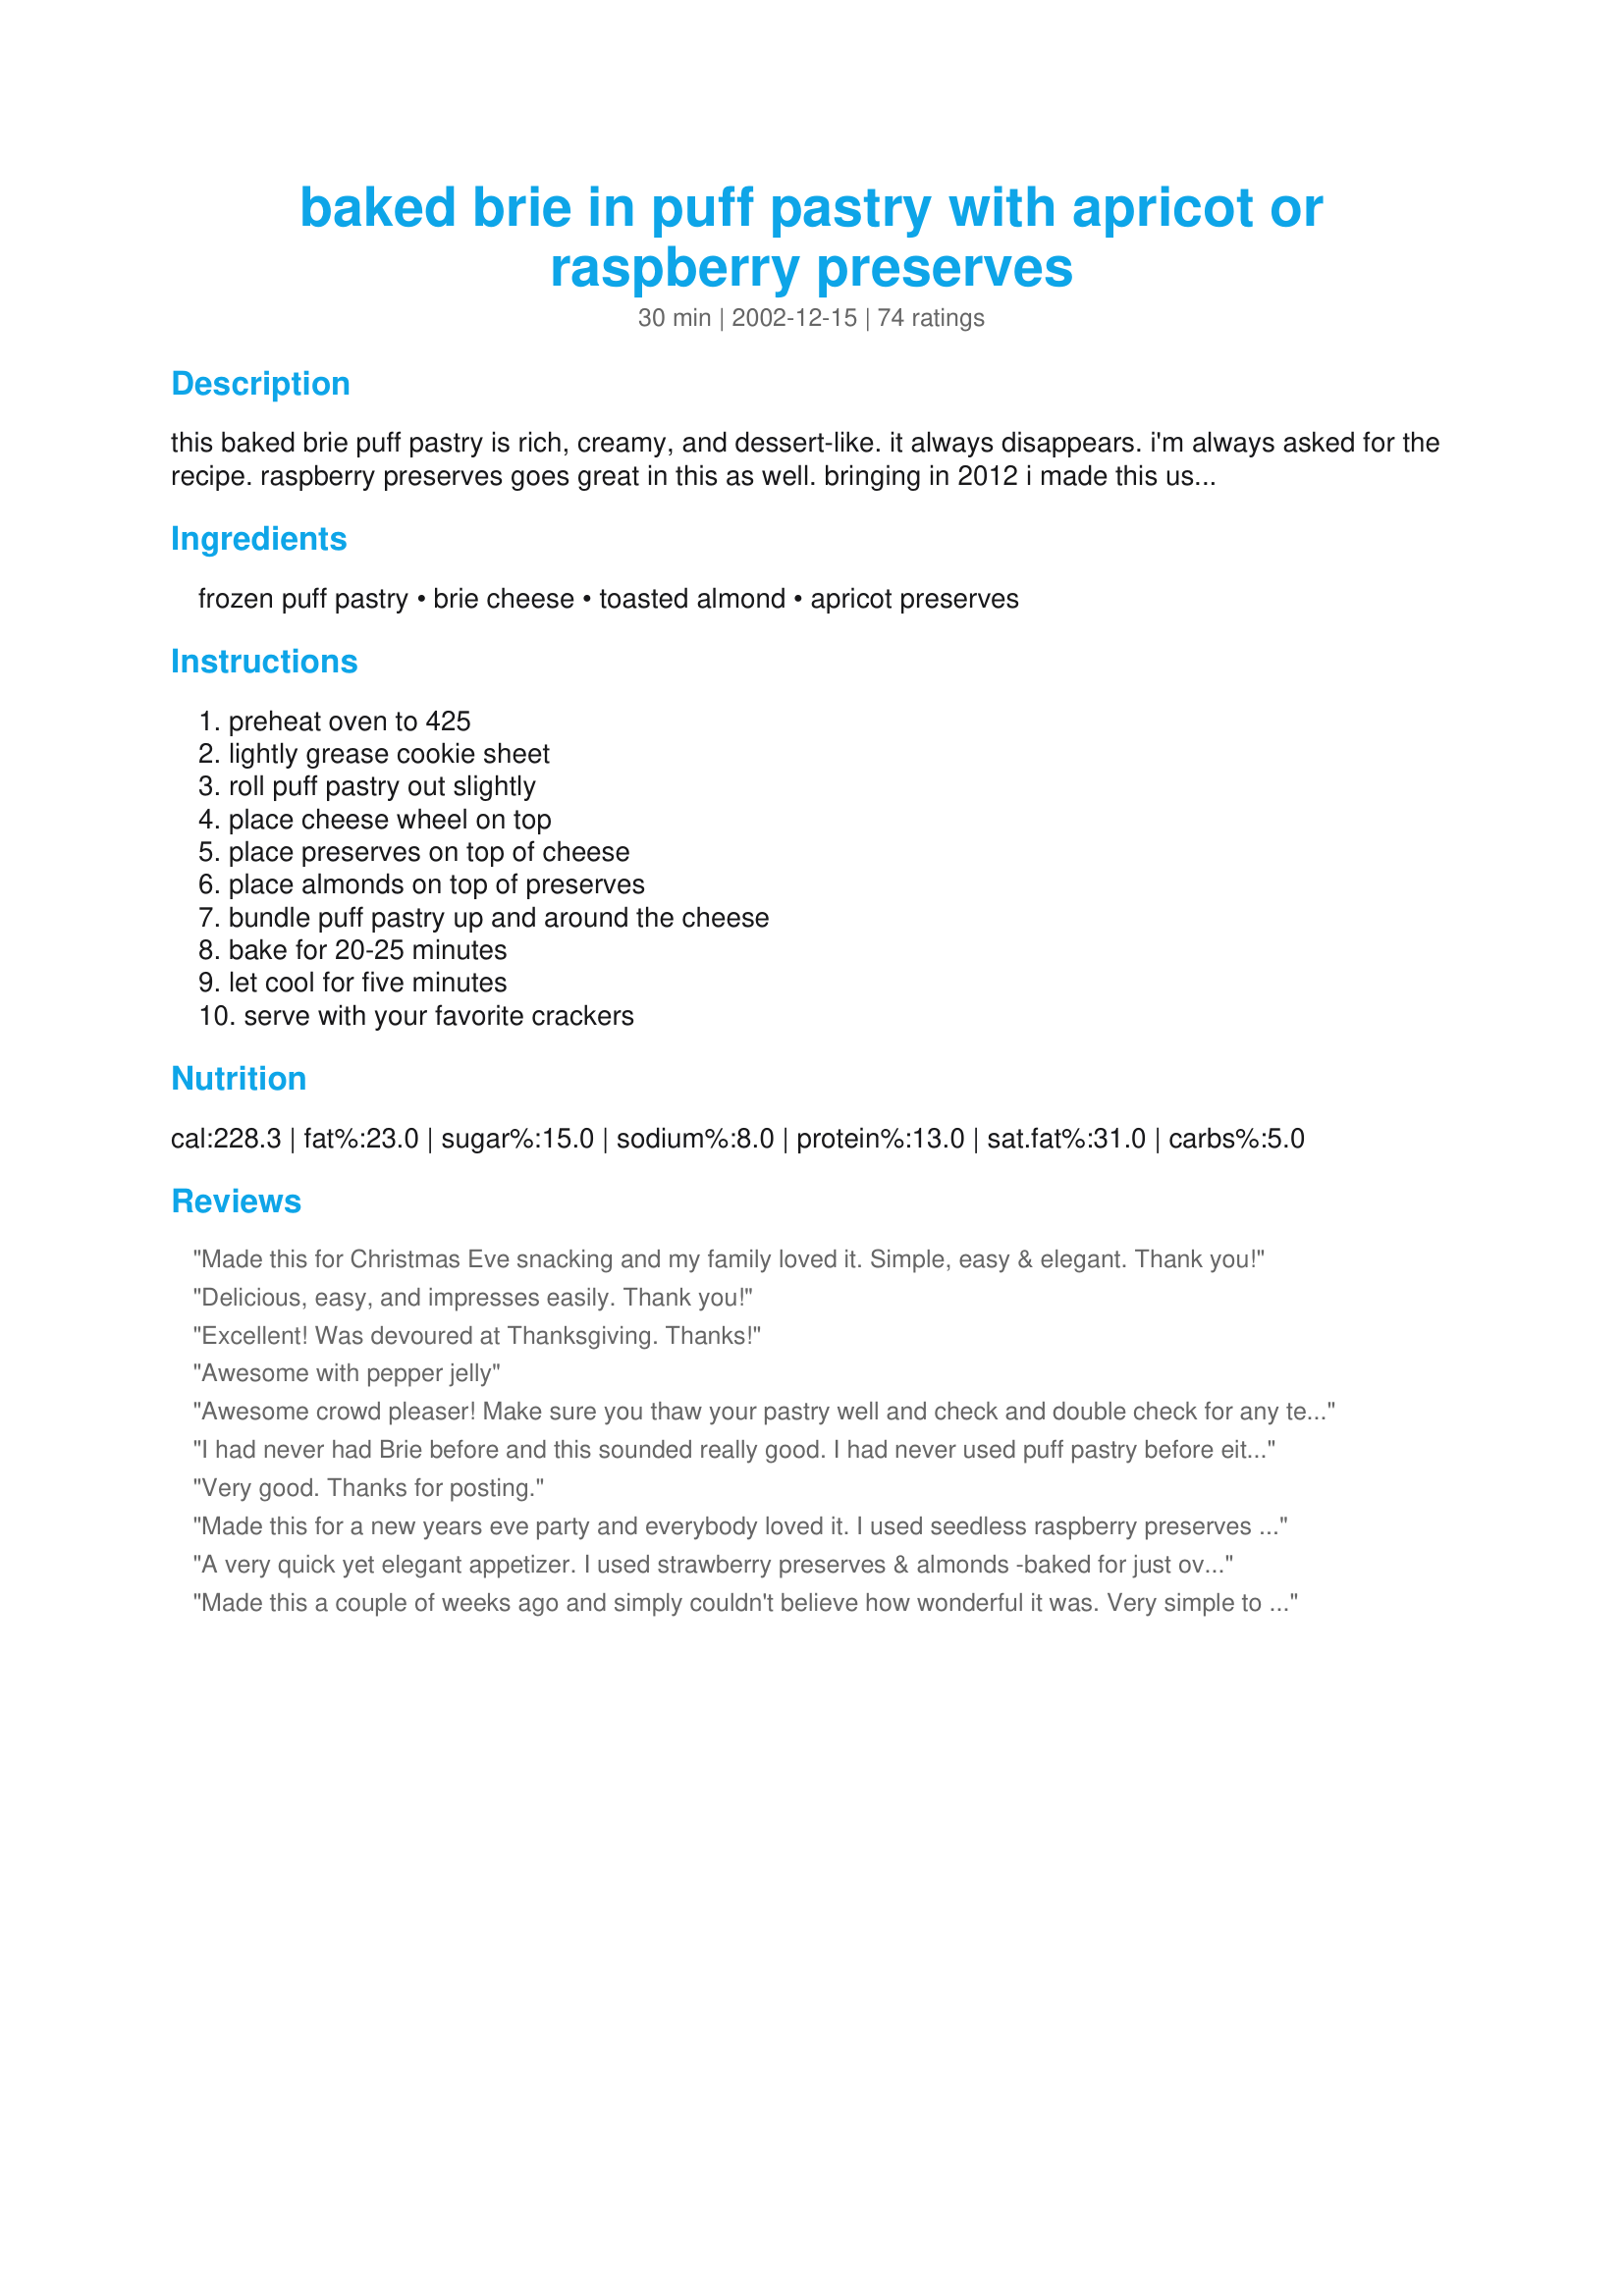
baked brie in puff pastry with apricot or raspberry preserves
Preparation time: 30 minutes

this baked brie puff pastry is rich, creamy, and dessert-like. it always disappears. i'm always asked for the recipe. raspberry preserves goes great in this as well. bringing in 2012 i made this using recipe #463563!

Ingredients:
frozen puff pastry, brie cheese, toasted almond, apricot preserves

Steps:
preheat oven to 425, lightly grease cookie sheet, roll puff pastry out slightly, place cheese wheel on top, place preserves on top of cheese, place almonds on top of preserves, bundle puff pastry up and around the cheese, bake for 20-25 minutes, let cool for five minutes, serve with your favorite crackers

Reviews:
Made this for Christmas Eve snacking and my family loved it. Simple, easy & elegant. Thank you!
Delicious, easy, and impresses easily. Thank you!
Excellent! Was devoured at Thanksgiving. Thanks!
Awesome with pepper jelly
Awesome crowd pleaser! Make sure you thaw your pastry well and check and double check for any tears or holes in the pastry before baking. Served with water crackers and green apple slices. I put it on a hot plate to keep warm.
I had never had Brie before and this sounded really good. I had never used puff pastry before either and this was SOOOO easy. I used seedless raspberry preserves and walnuts and couldn't believe how elegant it turned out. I brushed it with a mixture of 1 egg yolk and 3 T heavy cream whisked together and it got a glossy golden crust. Fast easy and impressive. Thank you!
Very good. Thanks for posting.
Made this for a new years eve party and everybody loved it. I used seedless raspberry preserves and it was delicious!!!
A very quick yet elegant appetizer. I used strawberry preserves & almonds -baked for just over 20 minutes. Next time I will try 25 minutes as we would have liket the cheese a little more gooey. Also I might stab the top of the cheese wheel a couple of times to give the flavours a chance to mix. Thanks for sharing
Made this a couple of weeks ago and simply couldn't believe how wonderful it was. Very simple to make and all the people you make if for will LOVE IT!!!!
OK, so I made this yesterday to take with me to a football party last night. I didn't think sweet was the way to go so I made a tomato chutney I suppose you could call it, I just cooked onions (sliced very thin) until tender in some olive oil, then added some grape tomatoes cut in 1/2 along with some salt, a dash of herbs de provence and a bit of balsamic vinegar. Did everything else as stated in recipe and followed the advice of others and used an egg wash on it. I have to say, it looked beautiful, and the taste was oh so good. BUT, the bottom kind of exploded. Now, I don't know if my friends oven is hotter then most or what but it had only been in the oven for 11 minutes when this happened, all of the cheese was oozing out of the bottom. So my advice is keep your eye on it! We took it out of the oven and served it up, everything tasted great and the cheese was certainly melted! :-) Thanks so much for the recipe!!! Will be making again!
EVERYONE was impressed with this delicious appetizer! It looked great too. I washed it with egg yolk and cream, but it may not be necessary.
Delicious! We made the apricot preserves ourselves by boiling down diced apricot pieces and a little sugar then giving it a quick blend. This was fantastic, thank you.
I knew this was going to be wonderful - Brie and berries in a pastry, where could you go wrong? This was so easy to throw together too! I used (Seedless) Raspberry Preserves as suggested in the description.... Everyone loved this recipe and asked if I would make it again next week! Thanks Rita!
very nice and presents well but nothing over the top for me. Tried it as written with apricot jam and that was okay. Did it again with strawberry jam and on top of that a few pieces of 70% cocoa chocolate. That was really nice too. Next time I think i'll make a basic mushroom and thyme pate and try it with that. Thanks for posting
I'm surprised that this recipe is so popular! Each of the ingredients is delicious individually but the ingredients just don't work well together.

This was beautiful when it came out of the oven and I was very optimistic when I put it out for my New Years Eve guests.

Unfortunately, this dish was VERY GREASY, almost oily and slimy. It didn't hold its shape and just lay on the plate like a great oily blob.

If Zero Stars had been available, I would have chosen that option.
Delicious! I made it with raspberry preserves and it turned out just wonderful. Thanks for the great recipe!
I made this the day after Christmas for a friend's 40th birthday party, and it was a true hit! We used apricot preserves. Everyone loved it, and I received several requests for the recipe. I doubled the recipe by using both sheets of puff pastry -- one on top, and one on the bottom. I sealed the edges and trimmed the excess dough, which I used to write "40!" on the top. It looked rather impressive, and tasted delicious!
I have made this several times, and it is always a hit in my house and with company. I usually use Raspberry preserves, but Orange Marmelade is good too! Sometimes I make it with just the cheese inside and then add the preserves, heated with the almonds or pecans, over the top. It's wonderful either way!
Very good with a small change. I put an egg wash on the outside of the pastry. Came out golden and crispy. Cheese was slightly melted but not completely runny, which was exactly what I wanted. My guests devoured this! Will definitely make again.
HUGE HIT! Made twice already, with apricot preserve and dry cranberries, is so easy to make and delicious, also used the egg wash, came out crispy and golden.
Served this delicious appetizer at our New Year's eve party!! Big hit! I Used pepperidge farm pastry and instead of apricot I used rasberry perserve.YUMMY!
Thanks for sharing. Will use this over and over!!
Was a great hit!! Delicious & very easy. I added caramelized onions on top of the brie & used both jams (appricot and raspberry) following a favourite restaurant's recipe. <br/>Next time, after the pastry is golden, I will leave it in the oven for another 10 min to allow the brie to melt throughout. This time the center was getting there, but not quite.<br/>A keeper!
I used pine nuts instead, but everything else was the same and it turned out GREAT. It looked delicious and it tasted the same. My guests were impressed by how easy and tasty it was.
Holy Moly!! This was the simplest thing I ever made and yet it looked so complicated and fancy, not to mention that it TASTED completely awesome, that I scored off the charts on the "impressive meter" with my Mothers' Day brunch guests. I used seedless raspberry jam on top of the brie and served it with choice of butter crackers or little baguette rounds (used a Pillsbury French bread loaf and baked it in a Pampered Chef flower bread tube... cute!). This is definitely a keeper!!
I made this for my husband's 50th birthday open house, and it was fabulous! I used raspberry preserves and omitted the almonds. So, so simple to put together yet still looks like a gourmet appetizer!
A big hit. Don't be afraid to be a little creative with the shape of the dough to brie. Variations handle well (and they may be a bit easier if you are like me and don't have as much of a creative knack). I thought I'd like the raspberry better, but the apricot really compliments the brie best.
I made this recipe as directed for New Years Eve. It was good, but not quite as great as I would have expected given the reviews. The pastry shell didn't quite crisp, so I think next time I will use the egg wash a few reviewers suggested. Also, the top of the rind tended to collapse as the cheese was consumed. I had to keep cutting away at it so that guests could eat the cheese towards the back. I think next time I would suggest cutting just the top of the rind off.
Rita this is such a wonderfully simple recipe that has fabulous eye-appeal and plenty of flavour! Very decadent...a bit wicked.
I used a wedge of King Island Brie (Tasmanian)as I didn't have a full round. Totally delicious and a great recipe for when unexpected guests drop by.
I served this at my bunco party and the ladies LOVED it! I was so happy with how it turned out. It was so easy and got rave reviews -- A+++++ appetizer! Only negative was there were no left overs. :) Thanks!
we are making it tonight for our holiday open house! we plan to use the egg wash....AND made it with raspberry/pepper jelly for a more savory treat!
Excellent !!! Used Mushrooms instead of jam, everyone scoffed it up! Thanks for a great treat.
My new favorite recipe!! Beautiful to look at and oh so easy!!!
Awesome appy! I have had brie cheese before,but I have never had apricot preserves with it. Love it! What a great combination of flavors. I brushed the top of the puff pastry with egg wash. Was done to perfection in 20 minutes. My favorite cracker to serve with this is breton. Thanks Rita.
Served this on New Year's Eve using apricot preserves and omitting the almonds as I didn't have any onhand. Put it out with crackers and sliced apple. Delicious! My only complaint is that it didn't look very pretty. Next time I plan on using dmac085's idea about the egg and cream glaze.
Wow!!! This was so easy, so good and looked so professional. My 18 year old son asked where I bought it! Only change I made was to spread the apricot preserserves all over the puff pastry instead of just on top of the cheese. Probably used a bit more than 1/4 cup. That way you got a taste of the preserves with almost every bite. I used a knife to write 2009 on the top before I baked it but, apparently it wasn't deep enough as it disappeared during baking. Oh well. There were only 7 of us here so we were not able to eat it all as there was so much other food but, there was not much left. Son number one (27 yrs old) wanted to take what was leftover home and son number two (18 yrs old) and wife of son #1 want me to print the recipes for them. I love to make appetizers and this one has moved to the top of my list. Should have centered my brie on the platter before I took the picture. :)
This is a great idea, never had it
this way before. I make one similar to this, but this sounds worth trying, so I'm putting it to
the test tomorrow. I'm sure it'll 
turn out just as wounderful as it
looks. Thank-you Rita once again
for sharring one of your lovely receipes!!!!!!!!!!!!!!!!!!!!!!!!
This is fantastic, I could not stop eating it with my favorite champane crackers. This is a keeper. Thanks for posting
I have made this with cranberry preserves in the past. Yummy. On Boxing Day I did it with Bacon Marmalade. OMG. So good!
super easy, super fancy, super yummy, just plain SUPER!!! thanks
This is just fabulous! I made this as an appetizer tonight, and my hubby said I could have just served it for dinner itself. Instead of baking the preserves in the shell, I baked the cheese alone in the shell and drizzled with honey and sprinkled with walnuts after it came out of the oven. It was great! I plan to try it with the preserves, too, though.
Yum Yum Rita!! I always wanted to try this and now was the perfect time to do it!! so glad i did. i didn't take any pic's because your's are just fabulous!
this was absolutely amazing especially with the rosemary crackers I served with it. I omitted the almonds and used raspberry. I recommend waiting 10 min before cutting into it or else it will spill it all over. this was the last thing out of the oven at as potluck and still the first thing to go!
Looks pretty, truthfully I think I just don't like Brie. Taste a little like a moldy green apple.
This was a perfect appetizer for a recent party I'd hosted. It is very lovely to look at, very simple to make, and I could eat it every day. I tried it first with raspberry jam, and then made it again with fig preserves. Both were excellent. I've never worked with puff pastry and found it super easy. Because this is such a quick and easy recipe, it will most likely be my go-to treat when I am asked to bring something.
Excellent! We really enjoyed this!
Excellent! Brie and raspberry preserves go together so well and to add almonds only makes it better.
Incredible! Everyone loved this. Made it with raspberry preserves. Can't wait to make it again.
We make this all the time for parties, or even just when we have people over for dinner. It is so easy but tastes very sophisticated. It's always gone in minutes! Thanks for sharing this!
Thanks for posting this. I made it once from a kit but couldn't remember how to bake it. This time I just bought everything separate. I used rasberry jam. It was soooooo good :)
If you want to impress, this is the perfect dish to serve at a party (just don't tell anyone how easy it is). I made this with apricot preserves for a Thanksgiving morning appetizer. I used one of the huge wheels from Costco and no exaggeration, it was gone within five minutes of hitting the table. I also brushed the pastry with an egg wash before baking and turned it over so the edges of the dough were tucked under. It was beautiful and soooo delicious!
I am thinking that mine didn't turn out due to 'operator error', hahaha. Will someone please tell me what I did wrong?? I followed the directions to a T. The pastry wasn't even cut into until over 20 minutes after taking it out of the oven, and once it was cut, brie soup spilled out all over the plate, and it stayed in a liquid form for a long time. Later on I spooned up some of it, and tasted the amazing apricot preserves and almonds with the brie flavor, (incredible, by the way) but it's nothing but liquid. I was so disappointed! Crazy me to try a new recipe on Christmas eve.
Rita, this was so yummy! The apricot preserves, almonds and creamy warm cheese in the pastry was a taste delight!!! So easy too. I served it with crisp round vegetable crackers! Excellent, thanks!
I made two for a large gathering of friend and family. Everyone loved it! It was so easy and it looks elegant for a party. We used pepper jelly and served with thin round crackers. Amazing! I will make it again in the near future.
Awesome recipe! Used the 15.5 oz wheel and one sheet of the PP. Toasted the almonds and used razz preserves. Served w water crackers. My GF and I ate the whole thing by ourselves! That's our little secret! Goes great w/ a white wine also.
I used raspberry pastry filling and raspberry margarita jelly and a little white clover honey instead of the apricot preserves. Also, used phillo dough sprayed with buttery cooking spray and sprinkled with a little bit of sugar instead of the puff pastry for a lighter fare. It was very very yummy on crackers or baquette. I did try to warm up the leftovers in the microwave, and that was less satisfactory. Probably should be warmed in oven or toaster oven to keep the crispy crust taste. Overall, it was a big hit at girl's night! Would make it again for a special treat.
A definite winner Rita! Made for happy hour with guest and everyone loved it! Used orange marmalade and toasted sliced almonds. Thanks for sharing!
My friend made this at her house for a party one night and I had to have the recipe! It is sooo easy and it makes you look like you've done so much when its so simple! I wasn't sure at first that a 8oz brie would be enough, but it was!
I never would have guessed this could be so easy! Made it last weekend for my Wine and Cheese tasting. Easily the most favored one of the cheese offerings. Really, really good!
I made this recipe with apricot preserves on 1 and raspberry on another. when we have parties at work, I am told I have to bring in the baked brie, and it&#039;s gone in no time!! so delicious! the recipe couldn&#039;t be any easier.
I need to find a homemade puff pastry or store bought alternative without high fructose corn syrup. It is yummy and well received with guests.
This is THE BEST recipe! So easy....At Thanksgiving, we had a guest who is a proffessional chef, attended CIA. He asked me how I made the crust for this brie!!! I have used this at big gatherings for years...always a hit!
Made it with The Apricot Preserve and Almonds. Fantastic. Every single person that tried it asked me for more I had to make a second one. It was so easy to make that I had another one done in 30 minutes. The only thing I made different was I used the Pillsbury Pie Crust to have a small amount of pastry and I added I Tablespoon of brandy in with the Preserves. I'll have to try the raspberry next.
WOWSA! This was so amazing and so simple to make! All my guests raved and raved about this appetizer. I will be making this again and again. Thank you for the recipe.
I used a 15oz wheel of brie, seedless rasberry preserves, and I used both sheets of pastry. It was sooooooooo good. All of my guests were in such awe and they could not believe how simple it was to make. Excellent, elegant appetizer. 5 stars for sure. So easy!
Made this for Christmas and it was a big hit! I used apricot preserves and left out the almonds. Delicious recipe that is extremely easy to prepare.
scseely must have used a really cheap brie...I had no trouble with this, and the taste was extraordinary.
I made this just after New Years when we had some friends drop by unexpectedly. Luckily I had taken some puff pastry out of the freezer for another purpose and I had all the other ingredients on hand. I used apricot preserves, almonds, and brushed the pastry with an egg wash. It was done to perfection in 22 minutes and was consumed much more quickly than that! Thank you, Rita, for my new favourite appetizer.
This brie was very easy to fix and pretty tasty but once cut into not very appealing to the eye...turned a bit mushy.
I made this with strawberry preserves for company Friday night. It's deceptively simple to prepare and the presentation and taste are so impressive. This will be a staple of mine for entertaining from now on. I'm looking forward to trying it with different variations of preserves and nuts.
This is delicious. I've made it with apple butter and plum butter (i just look at what I have in the fridge). Yum!
I love this stuff! Can't wait to make it again. Thanks Rita!
The only sign that was left of this within a few minutes of setting it out for guests was a few small crumbs. Definitely an easy, yet impressive appetizer.
I made this for a party at my house last weekend and the response from toughest food critic at work...."This is DEEEELLIIIISSSSSious." He is my fellow foody and that is the highest praise I can get (in my mind). I did throw it back in the oven for a few minutes when it lost the gooey factor but it was wonderful.
